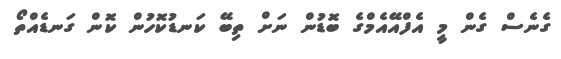
ގެނެސް ގެން މީ އެފްއޭއެމްގެ ބޮޑުން ނަށް ތިބޭ ކަނޑުކޮހުން ކޮން ގަނޑެއްތޯ